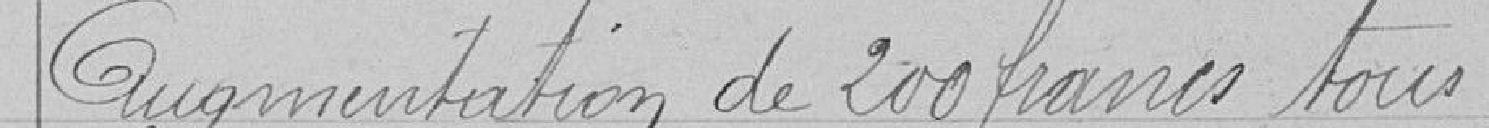
Augmentation de 200 francs tous